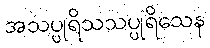
အသပ္ပုရိသသပ္ပုရိသေန